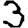
Digit: 3